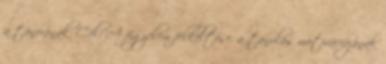
a tanórának. Cél: A figyelem felkeltése, a tanulás motivációjának